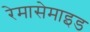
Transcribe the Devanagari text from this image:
रेमासेमाइड